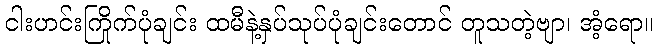
ငါးဟင်းကြိုက်ပုံချင်း ထမီနဲ့နှပ်သုပ်ပုံချင်းတောင် တူသတဲ့ဗျာ၊ အံ့ရော။